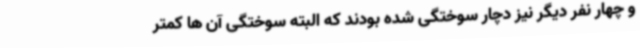
و چهار نفر دیگر نیز دچار سوختگی شده بودند که البته سوختگی آن ها کمتر